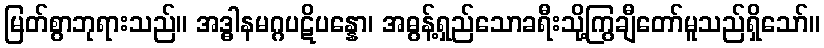
မြတ်စွာဘုရားသည်။ အဒ္ဓါနမဂ္ဂပဋိပန္နော၊ အဓွန့်ရှည်သောခရီးသို့ကြွချီတော်မူသည်ရှိသော်။